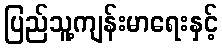
ပြည်သူ့ကျန်းမာရေးနှင့်